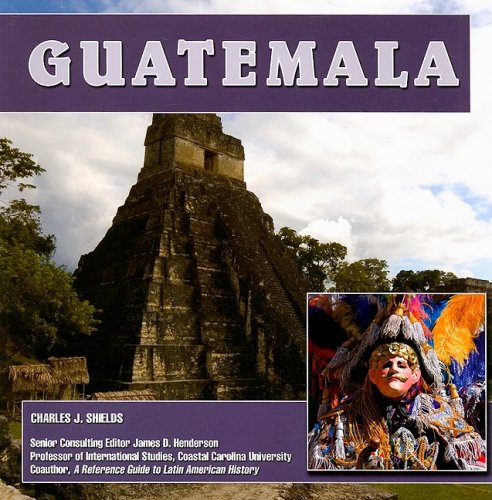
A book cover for Guatemala (Central America Today); Charles J. Shields; Children's Books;